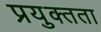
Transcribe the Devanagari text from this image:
प्रयुक्तता